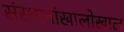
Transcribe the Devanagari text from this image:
संस्थानांखालोखाल